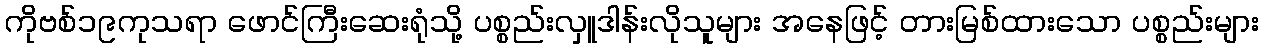
ကိုဗစ်၁၉ကုသရာ ဖောင်ကြီးဆေးရုံသို့ ပစ္စည်းလှူဒါန်းလိုသူများ အနေဖြင့် တားမြစ်ထားသော ပစ္စည်းများ